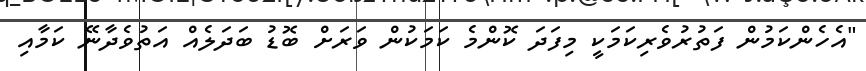
"އެހެންކަމުން ފަތުރުވެރިކަމަކީ މިފަދަ ކޮންމެ ކަމަކުން ވަރަށް ބޮޑު ބަދަލެއް އަތުވެދާނޭ ކަމާއި